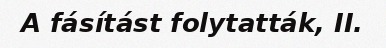
A fásítást folytatták, II.